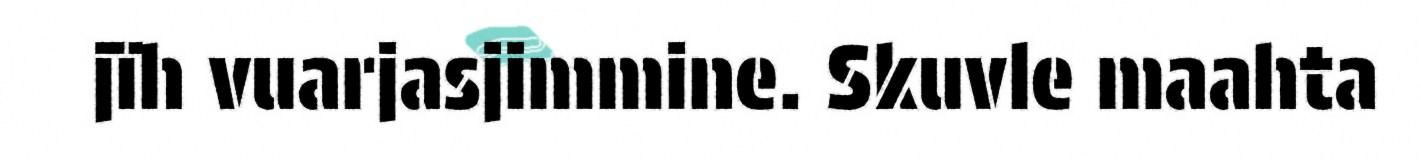
jïh vuarjasjimmine. Skuvle maahta